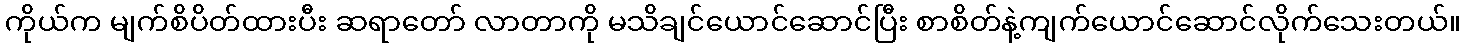
ကိုယ်က မျက်စိပိတ်ထားပီး ဆရာတော် လာတာကို မသိချင်ယောင်ဆောင်ပြီး စာစိတ်နဲ့ကျက်ယောင်ဆောင်လိုက်သေးတယ်။